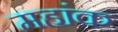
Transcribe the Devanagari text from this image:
महांक